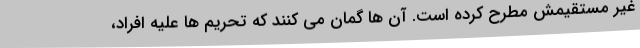
غیر مستقیمش مطرح کرده است. آن ها گمان می کنند که تحریم ها علیه افراد،